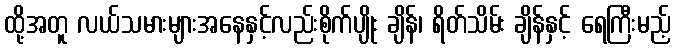
ထို့အတူ လယ်သမားများအနေနှင့်လည်းစိုက်ပျိုး ချိန်၊ ရိတ်သိမ်း ချိန်နှင့် ရေကြီးမည့်